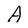
Character: A